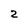
Character: 2